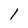
Character: 1